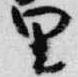
里